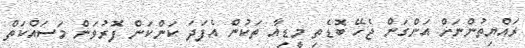
ރައްޔިތުންނަށް އަންގަން ޖެހޭ ބޮޑެތި މީޑިއާ ތަކުން އެފަދަ ކަންކަން ފޮރުވަން މަސައްކަތް